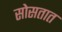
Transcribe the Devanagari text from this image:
सोसतात